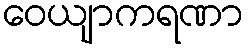
ဝေယျာကရဏာ